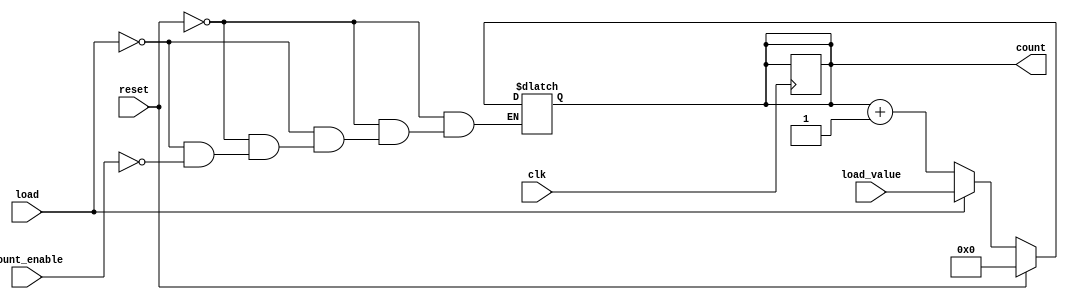
module async_load_counter (
    input wire clk,                // Clock signal
    input wire reset,              // Asynchronous reset signal
    input wire load,               // Load control signal
    input wire count_enable,       // Count enable signal
    input wire [N-1:0] load_value, // Parallel input for loading preset value
    output reg [N-1:0] count       // Counter output
);
    parameter N = 8; // Width of the counter (number of bits)

    // Asynchronous reset and load
    always @(*) begin
        if (reset) begin
            count = 0; // Reset the counter to zero
        end else if (load) begin
            count = load_value; // Load the preset value
        end else if (count_enable) begin
            count = count + 1; // Increment the counter
        end
    end

    // Synchronous behavior on clock edge
    always @(posedge clk) begin
        // The count value is updated based on the combinational logic above
        // This ensures that the counter only updates on the clock edge
        // if neither load nor reset is active
        if (!reset && !load) begin
            count <= count; // Maintain current count
        end
    end

endmodule